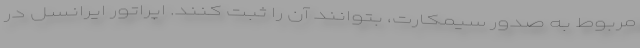
مربوط به صدور سیمکارت، بتوانند آن را ثبت کنند. اپراتور ایرانسل در